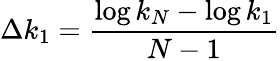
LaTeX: \Delta k_{1}=\frac{\log k_{N}-\log k_{1}}{N-1}